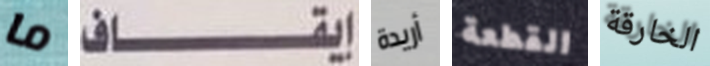
ما إيقاف أريدة القطعة الخارقة